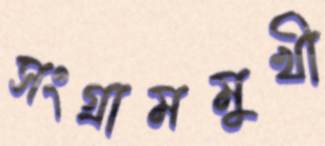
সংগ্রামমুখী